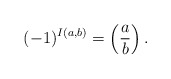
\begin{align*}(-1)^{I(a,b)}=\left( \frac{a}{b} \right).\end{align*}